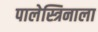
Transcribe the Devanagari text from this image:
पालेस्त्रिनाला